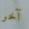
آخر